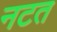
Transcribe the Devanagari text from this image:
नटत